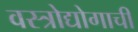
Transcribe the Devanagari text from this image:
वस्त्रोद्योगाची